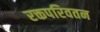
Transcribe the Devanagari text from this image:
रक्तपरिवतन